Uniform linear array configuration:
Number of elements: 12
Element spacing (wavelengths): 0.75
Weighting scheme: uniform
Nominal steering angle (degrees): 0
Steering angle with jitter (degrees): -1.002
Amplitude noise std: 0.05
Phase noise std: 0.05

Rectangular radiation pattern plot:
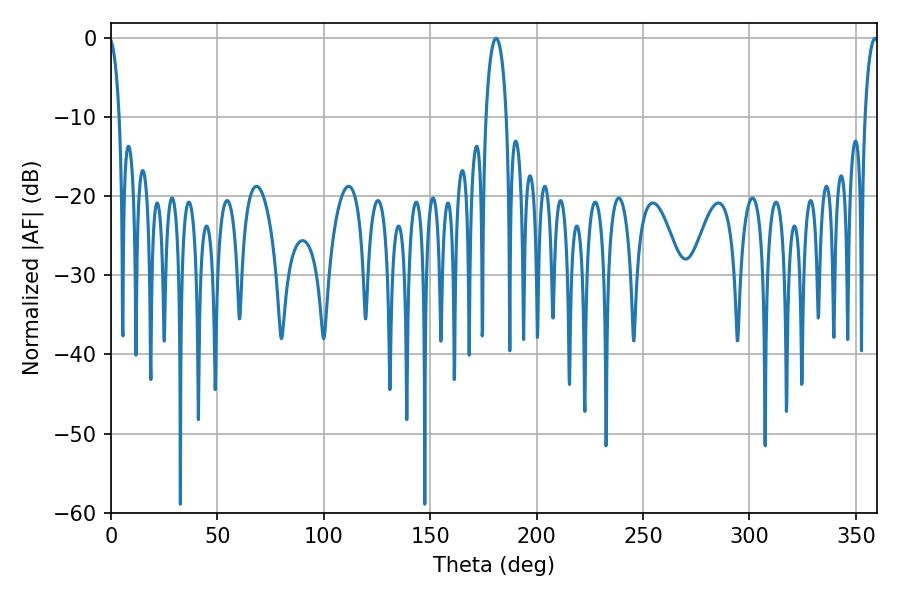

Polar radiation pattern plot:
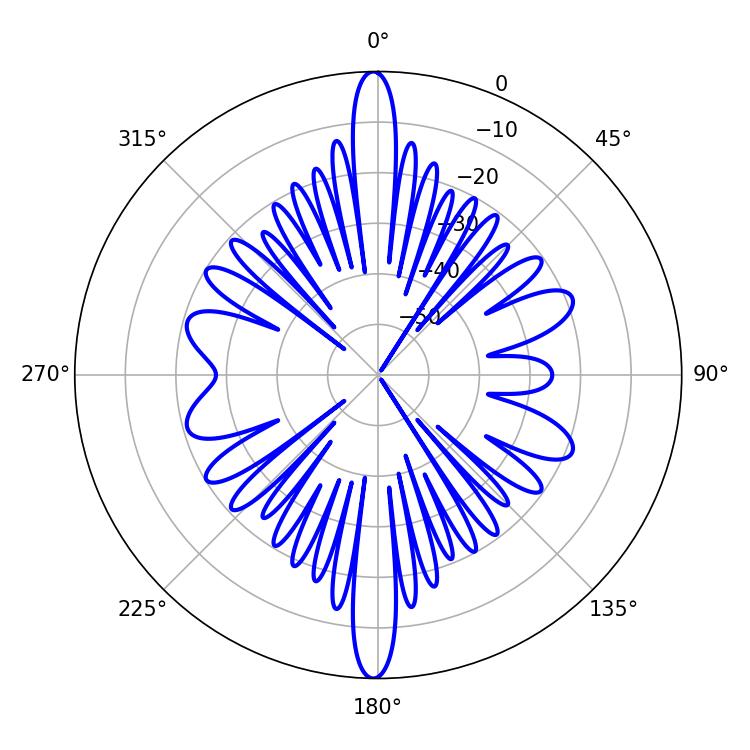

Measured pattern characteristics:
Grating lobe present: TRUE
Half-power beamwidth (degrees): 5.58
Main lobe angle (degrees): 180.9